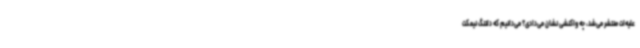
علیه‌ات منتشر می‌شد، چه واکنشی نشان می‌دادی؟ می‌دانیم که دلتنگ نیمکت